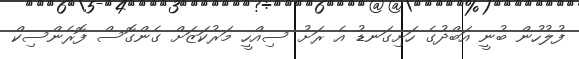
ފުލުހުން ބުނީ އަބްދުގެ ހަށިގަނޑު އެ ރަށު ސިއްހީ މަރުކަޒަށް ގެންގޮސް ފޮރެންސިކް